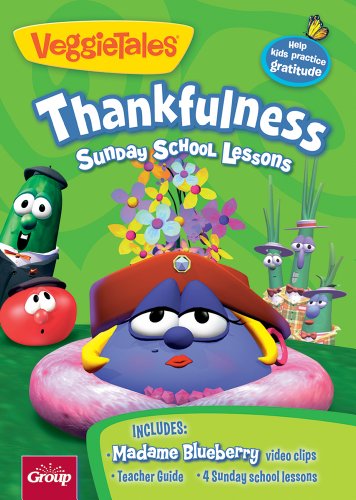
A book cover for Veggie Tales: Thankfulness: 4 Sunday School Lessons; Group Publishing; Christian Books & Bibles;